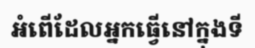
អំពើដែលអ្នកធ្វើនៅក្នុងទី